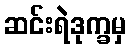
ဆင်းရဲဒုက္ခမှ